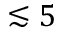
\lesssim 5